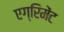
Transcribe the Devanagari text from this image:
एग्रिमेंट